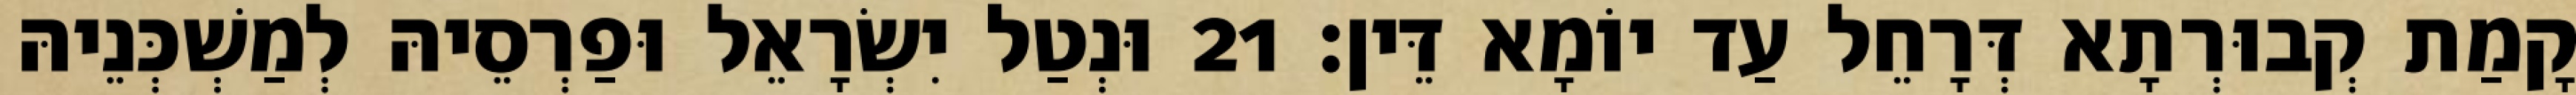
קָמַת קְבוּרְתָא דְּרָחֵל עַד יוֹמָא דֵּין׃ 21 וּנְטַל יִשְׂרָאֵל וּפַרְסֵיהּ לְמַשְׁכְּנֵיהּ